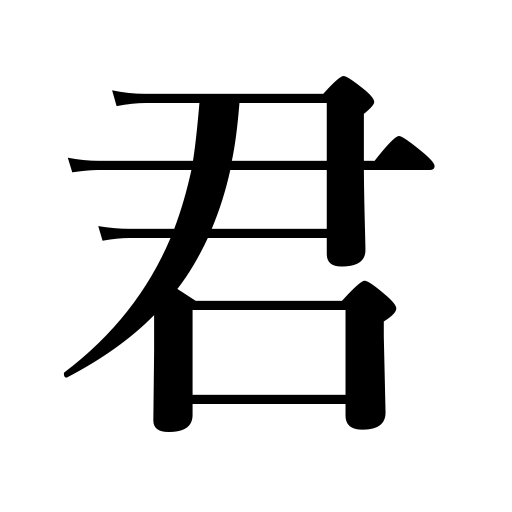
Meanings: mister familiar,ruler,you familiar